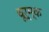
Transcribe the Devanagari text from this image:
चूर्म्क